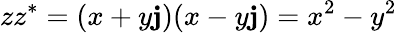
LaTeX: zz^{\ast}=(x+y\mathbf{j})(x-y\mathbf{j})=x^{2}-y^{2}